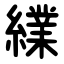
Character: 䌜